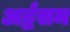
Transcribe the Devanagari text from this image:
अर्द्धसम